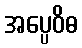
အပ္ပေဝိဓ